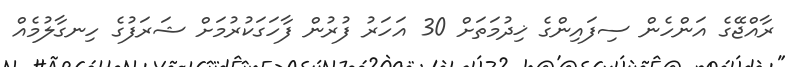
ރާއްޖޭގެ އަންހެން ސިފައިންގެ ޚިދުމަތަށް 30 އަހަރު ފުރުން ފާހަގަކުރުމަށް ޝަރަފުގެ ހިނގާލުމެއް